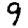
Digit: 9